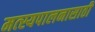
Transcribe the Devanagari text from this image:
मत्‍स्यपालनासाठी